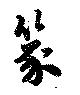
篆